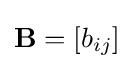
\mathbf {B} =[b_{ij}]